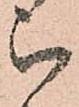
被